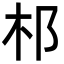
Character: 䢶